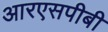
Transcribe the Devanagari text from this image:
आरएसपीबी